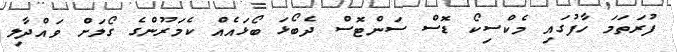
ފުރަތަމަ ހާފުގައި މެކްސިކޯ ޑޮސް ސަންޓޮސް ދެބޯޅަ ބޯޅައެއް ކެމަރޫންގެ ގޯލަށް ވައްދާލި